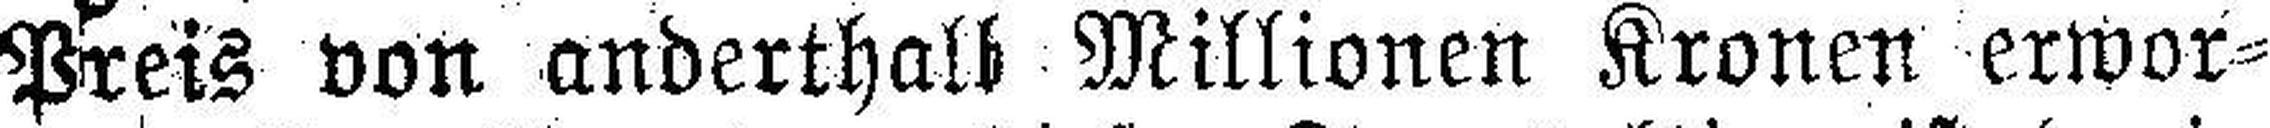
Preis von anderthalb Millionen Kronen erwor¬